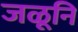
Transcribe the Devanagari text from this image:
जळूनि